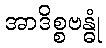
အာဒိစ္စဗန္ဓုံ